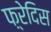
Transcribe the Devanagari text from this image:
फ़्रेदिस